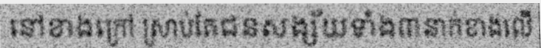
នៅខាងក្រៅ ស្រាប់តែជនសង្ស័យទាំង៣នាក់ខាងលើ